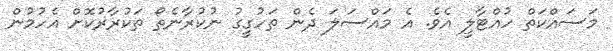
މަސައްކަތް ހުއްޓާލީ އެވެ. އެ މައްސަލަ ދެން ތަހުގީގު ނުކުރާނެތޯ ތަކުރާރުކޮށް އެހުމުން